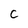
Character: c